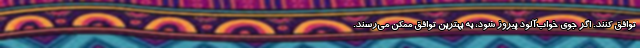
توافق کنند. اگر جوی خواب‌آلود پیروز شود، به بهترین توافق ممکن می‌رسند.